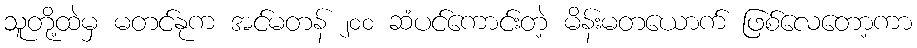
သူတို့ထဲမှ မတင်နုက အင်မတန် ၂၀၀ ဆံပင်ကောင်းတဲ့ မိန်းမတယောက် ဖြစ်လေတော့ကာ